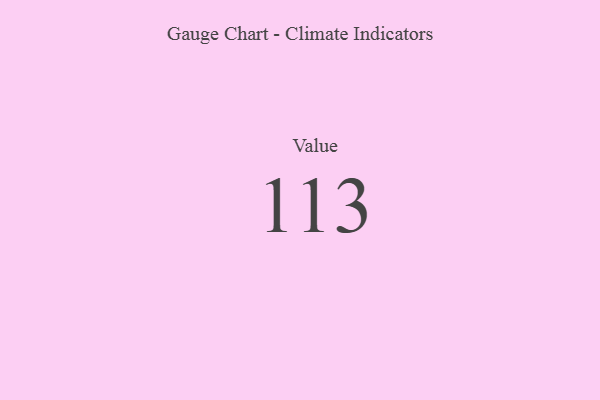
{"axis": {"x": "Metric", "y": "Value"}, "legend": [""], "data": [{"x": "Value", "y": 113, "type": ""}]}